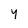
Character: y